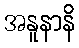
အနူနာနိ